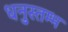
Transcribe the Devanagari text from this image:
धनुस्तम्भ